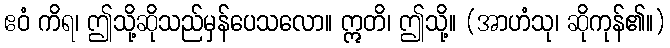
ဧဝံ ကိရ၊ ဤသို့ဆိုသည်မှန်ပေသလော။ ဣတိ၊ ဤသို့။ (အာဟံသု၊ ဆိုကုန်၏။)